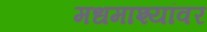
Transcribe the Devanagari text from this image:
मधमाश्यांवर